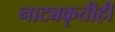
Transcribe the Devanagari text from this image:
नाट्यकृतीही